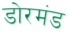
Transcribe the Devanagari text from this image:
डोरमंड